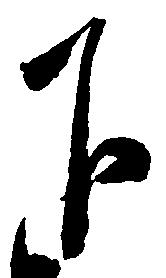
下